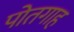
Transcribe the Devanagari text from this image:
पोतगाह